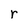
Character: r